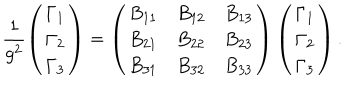
\frac { 1 } { g ^ { 2 } } \left( \begin{array} { l } { { \Gamma _ { 1 } } } \\ { { \Gamma _ { 2 } } } \\ { { \Gamma _ { 3 } } } \\ \end{array} \right) = \left( \begin{array} { l l l } { { B _ { 1 1 } } } & { { B _ { 1 2 } } } & { { B _ { 1 3 } } } \\ { { B _ { 2 1 } } } & { { B _ { 2 2 } } } & { { B _ { 2 3 } } } \\ { { B _ { 3 1 } } } & { { B _ { 3 2 } } } & { { B _ { 3 3 } } } \\ \end{array} \right) \left( \begin{array} { l } { { \Gamma _ { 1 } } } \\ { { \Gamma _ { 2 } } } \\ { { \Gamma _ { 3 } } } \\ \end{array} \right) .